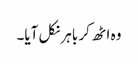
وہ اٹھ کر باہر نکل آیا۔